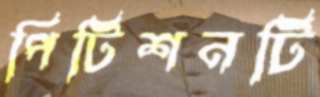
পিটিশনটি